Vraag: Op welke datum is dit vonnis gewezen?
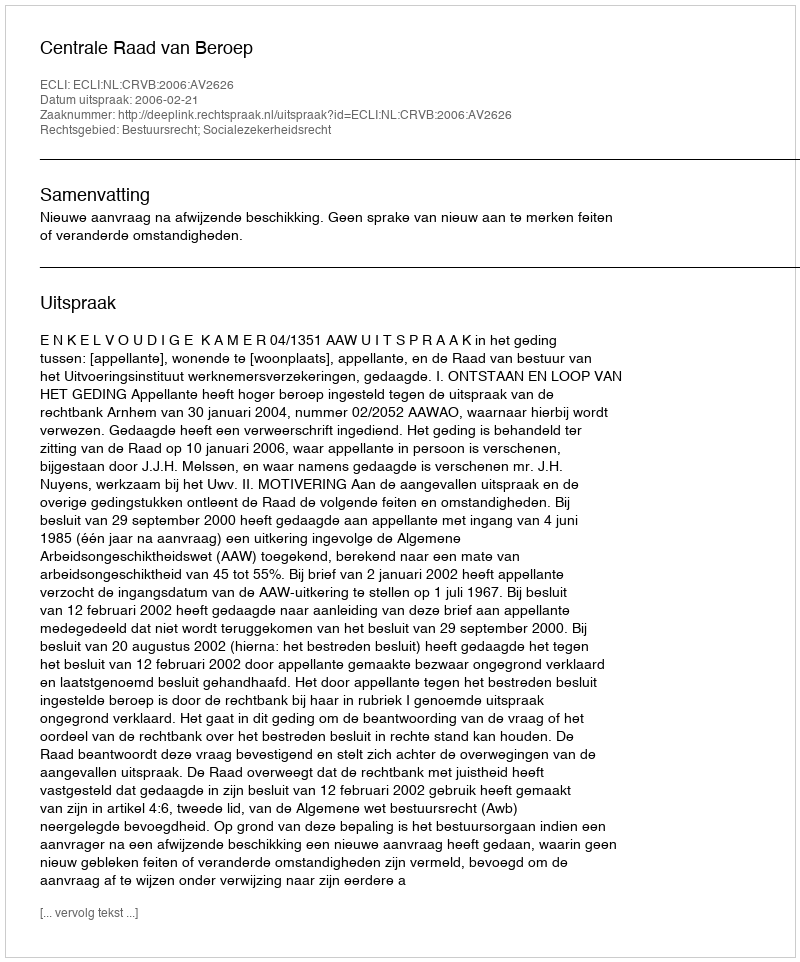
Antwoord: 2006-02-21